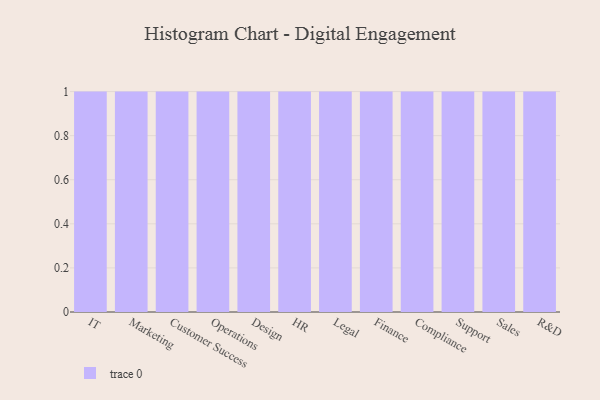
{"axis": {"x": "Department", "y": "Shipments"}, "legend": [""], "data": [{"x": "IT", "y": 15, "type": ""}, {"x": "Marketing", "y": 30, "type": ""}, {"x": "Customer Success", "y": 5, "type": ""}, {"x": "Operations", "y": 38, "type": ""}, {"x": "Design", "y": 31, "type": ""}, {"x": "HR", "y": 68, "type": ""}, {"x": "Legal", "y": 96, "type": ""}, {"x": "Finance", "y": 38, "type": ""}, {"x": "Compliance", "y": 17, "type": ""}, {"x": "Support", "y": 84, "type": ""}, {"x": "Sales", "y": 78, "type": ""}, {"x": "R&D", "y": 27, "type": ""}]}